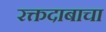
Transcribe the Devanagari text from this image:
रक्तदाबाचा